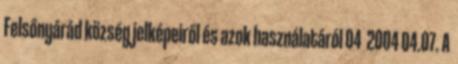
Felsőnyárád község jelképeiről és azok használatáról 04 2004 04.07. A